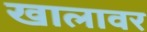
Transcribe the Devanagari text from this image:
खालावर